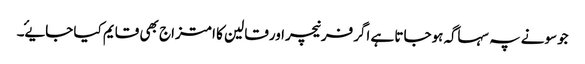
جوسونے پہ سہاگہ ہوجاتا ہے اگرفرنیچراورقالین کا امتزاج بھی قایم کیا جایۓ۔